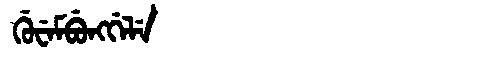
Manchu: ᡤᡠᠸᡝᠮᠪᡠᠩᡤᡝᠯᡝ
Romanization: GUWEMBUNGGELE